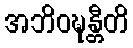
အဘိဝဍ္ဎန္တီတိ